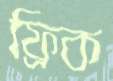
ফ্রিক